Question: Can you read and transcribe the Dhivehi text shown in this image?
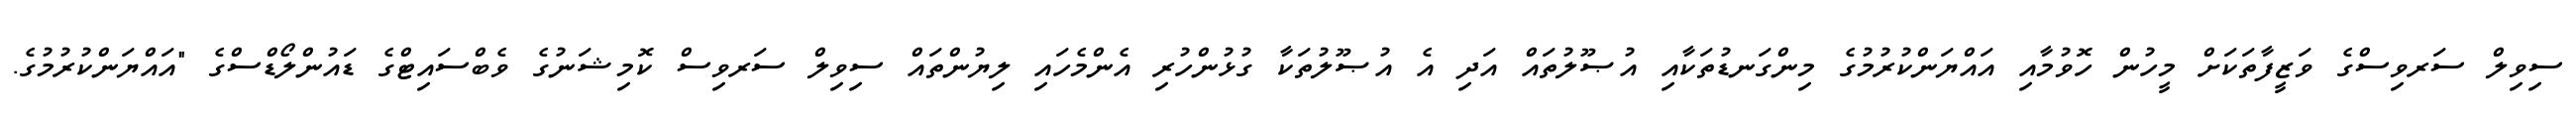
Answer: ސިވިލް ސަރވިސްގެ ވަޒީފާތަކަށް މީހުން ހޮވުމާއި އައްޔަންކުރުމުގެ މިންގަނޑުތަކާއި އުޞޫލުތައް އަދި އެ އުޞޫލުތަކާ ގުޅުންހުރި އެންމެހައި ލިޔުންތައް ސިވިލް ސަރވިސް ކޮމިޝަނުގެ ވެބްސައިޓްގެ ޑައުންލޯޑްސްގެ "އައްޔަންކުރުމުގެ.